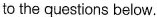
to the questions below.